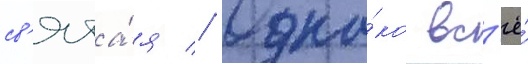
св'ята́я // Одна́ко вс'ё́